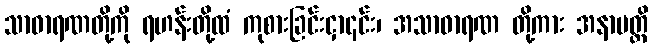
သာဓာရဏတို့ကို ရဟန်းတို့ထံ ကုစားခြင်းငှာ၎င်း၊ အသာဓာရဏ တို့ကား အနာပတ္တိ